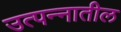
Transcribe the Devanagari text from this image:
उत्पन्‍नातील